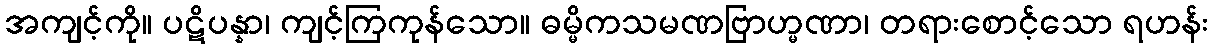
အကျင့်ကို။ ပဋိပန္နာ၊ ကျင့်ကြကုန်သော။ ဓမ္မိကသမဏဗြာဟ္မဏာ၊ တရားစောင့်သော ရဟန်း